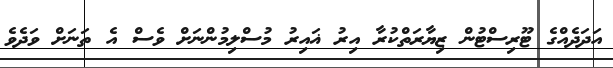
އަދަދެއްގެ ޓޫރިސްޓުން ޒިޔާރަތްކުރާ އިރު ޣައިރު މުސްލިމުންނަށް ވެސް އެ ތަނަށް ވަދެވެ